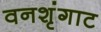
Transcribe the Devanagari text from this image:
वनशृंगाट